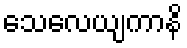
သေလေယျကာနိ